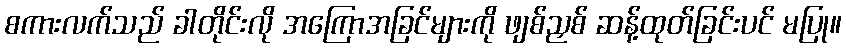
စကားလက်သည် ခါတိုင်းလို အကြောအခြင်များကို ဖျစ်ညှစ် ဆန့်ထုတ်ခြင်းပင် မပြု။